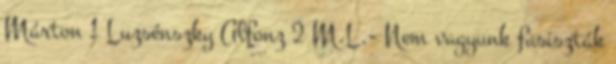
Márton 1 Luzsénszky Alfonz 2 M.L.- Nem vagyunk fasiszták